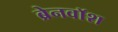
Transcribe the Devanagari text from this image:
ब्रेनवाॅश